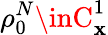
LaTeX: \rho_{0}^{N}\inC_{\mathbf{x}}^{1}